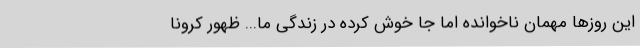
این روزها مهمان ناخوانده اما جا خوش کرده در زندگی ما... ظهور کرونا